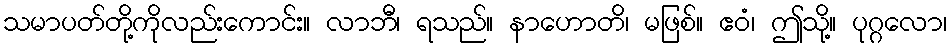
သမာပတ်တို့ကိုလည်းကောင်း။ လာဘီ၊ ရသည်။ နာဟောတိ၊ မဖြစ်။ ဧဝံ၊ ဤသို့။ ပုဂ္ဂလော၊